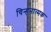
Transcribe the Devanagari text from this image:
चिन्हनात्मक